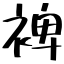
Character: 裨